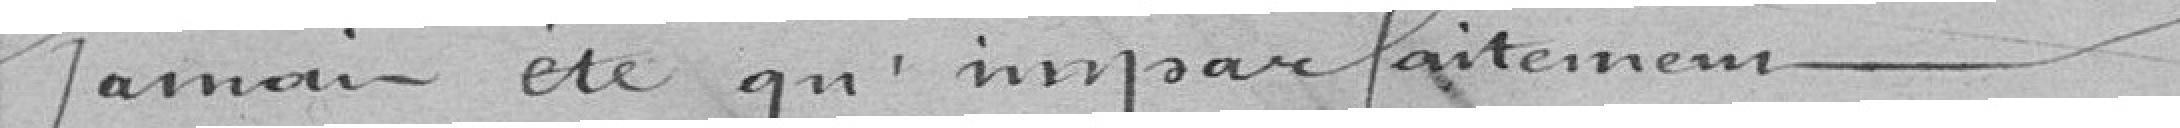
amais ete qu' imparfaitenem